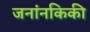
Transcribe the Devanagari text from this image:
जनांनकिकी